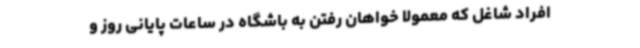
افراد شاغل که معمولاً خواهان رفتن به باشگاه در ساعات پایانی روز و